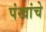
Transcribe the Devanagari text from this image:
पंखांचे